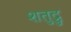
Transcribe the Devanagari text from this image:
शतुद्रु